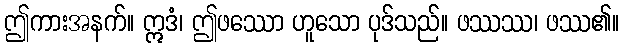
ဤကားအနက်။ ဣဒံ၊ ဤဖဿော ဟူသော ပုဒ်သည်။ ဖဿဿ၊ ဖဿ၏။